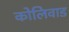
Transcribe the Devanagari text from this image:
कोलिवाड